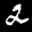
Label: 2